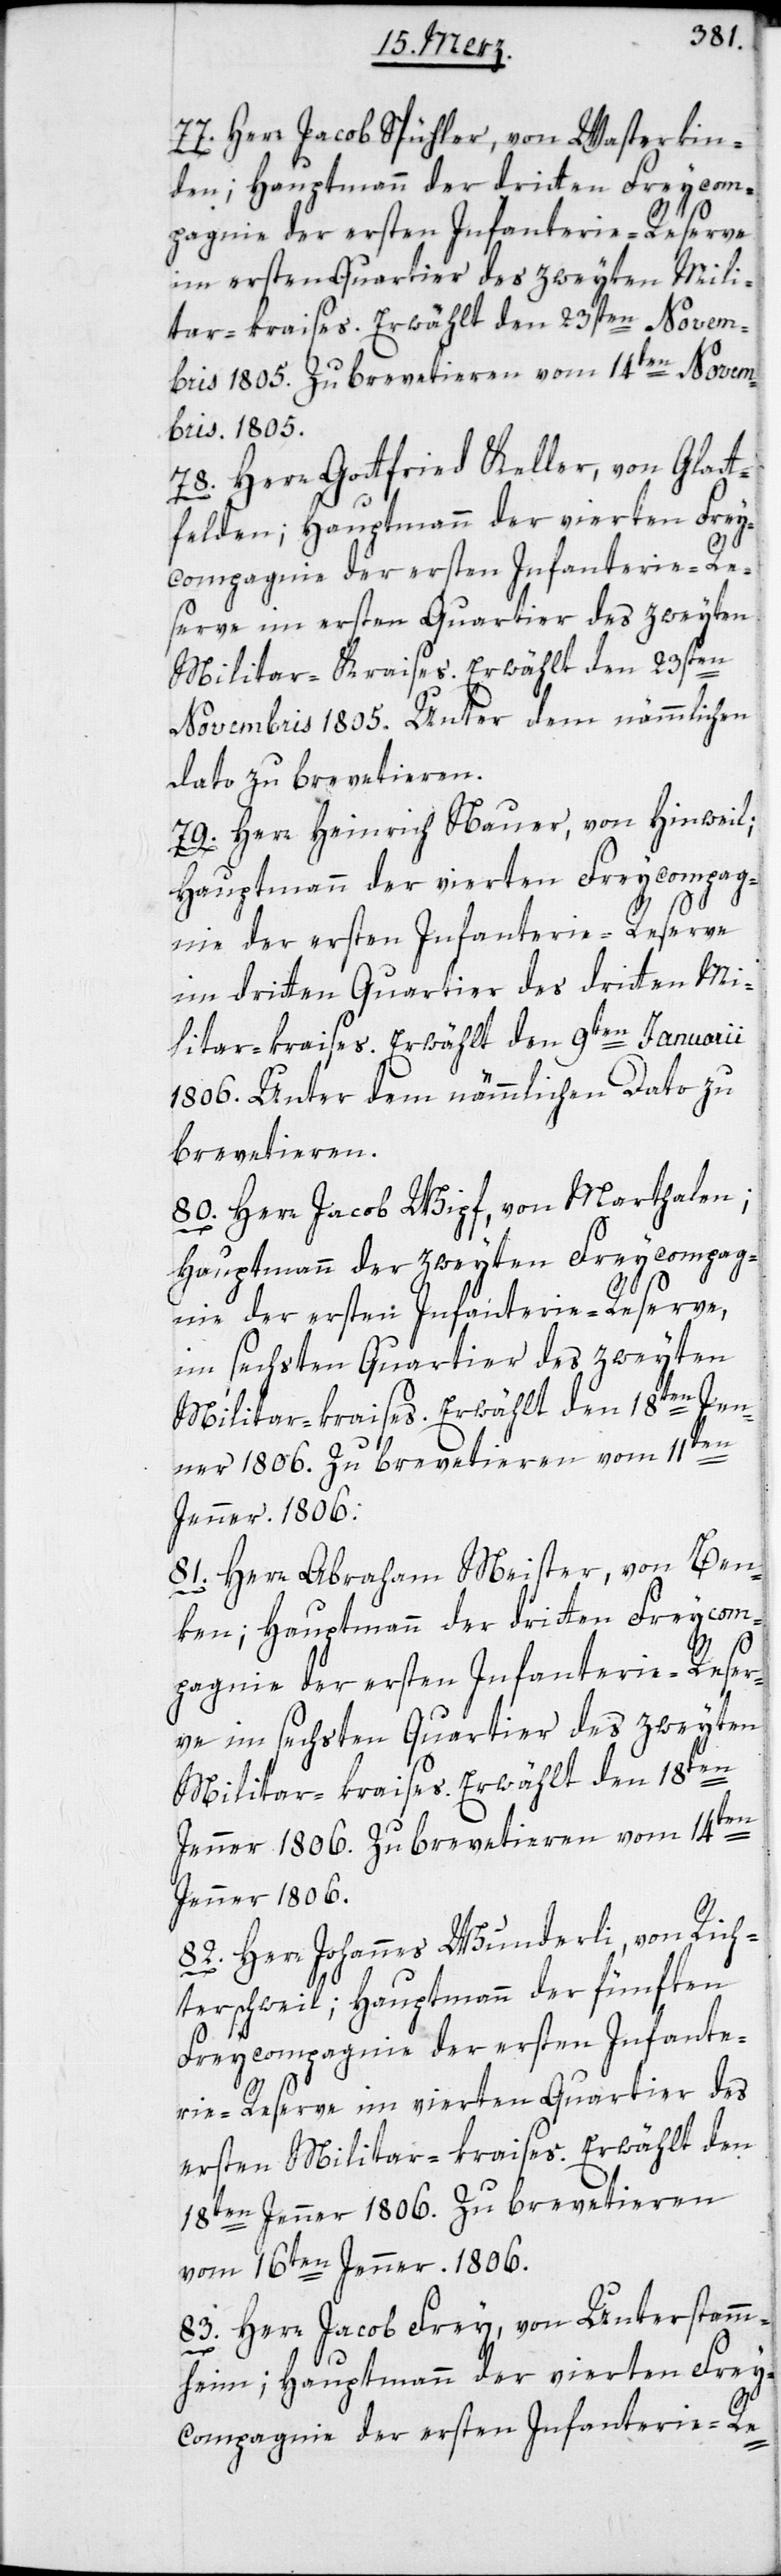
77. Herr Jacob Spühler, von Wasterkin¬
den; Hauptmann der dritten Freycom¬
pagnie der ersten Infanterie-Reserve
im ersten Quartier des zweyten Mili¬
tar-kraises. Erwählt den 23sten Novem¬
bris 1805. Zu brevetieren vom 14ten Novem¬
bris 1805.
78. Herr Gottfried Keller, von Glatt¬
felden; Hauptmann der vierten Frey¬
comagnie der ersten Infanterie-Re-
serve im ersten Quartier des zweyten
Militar-Kraises. Erwählt den 23sten
Novembris 1805. Unter dem nämmlichen
dato zu brevetieren.
79. Herr Heinrich Nauer, von Hinweil;
Hauptmann der vierten Freycompag¬
nie der ersten Infanterie-Reserve
im dritten Quartier des dritten Mi¬
litar-kraises. Erwählt den 9ten Januari¬
i1806. Unter dem nämmlichen Dato zu
brevetieren.
80. Herr Jacob Wipf, von Marthalen;
Hauptmann der zweyten Freycompag¬
nie der ersten Infanterie-Reserve,
im sechsten Quartier des zweyten
Militar-kraises. Erwählt den 18ten Jen¬
ner 1806. Zu brevetieren vom 11ten
Jenner 1806.
81. Herr Abraham Meister, von Ben¬
ken; Hauptmann der dritten Freycom¬
pagnie der ersten Infanterie-Reser¬
ve im sechsten Quartier des zweyten
Militar-kraises. Erwählt den 18ten
Jenner 1806. Zu brevetieren vom 14ten
Jenner 1806.
82. Herr Johannes Wunderli, von Rich¬
terschweil; Hauptmann der fünften
Freycompagnie der ersten Infante¬
rie-Reserve im vierten Quartier des
ersten Militar-kraises. Erwählt den
18ten Jenner 1806. Zu brevetieren
vom 16ten Jenner. 1806.
83. Herr Jacob Frey, von Unterstamm¬
heim; Hauptmann der vierten Frey¬